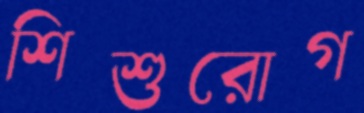
শিশুরোগ